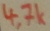
Text: 4,7k